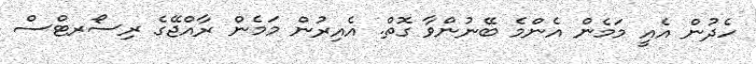
ހެދުން އެއީ މަމެން އެންމެ ބޭނުންވާ ގޮތް. އެއިރުން މަމެން ރާއްޖޭގެ ރިސޯރޓްސް